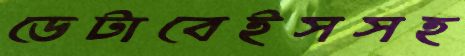
ডেটাবেইসসহ